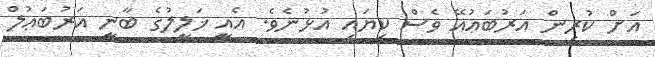
އަށް ކުރިން އަރުބަޢުއޭ ވެސް ކިޔައި އުޅުނެވެ. އެއީ ޚަލީލުގެ ބާނީ އަރުބަޢުލް